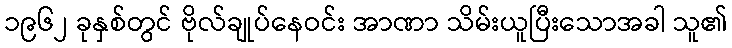
၁၉၆၂ ခုနှစ်တွင် ဗိုလ်ချုပ်နေဝင်း အာဏာ သိမ်းယူပြီးသောအခါ သူ၏